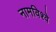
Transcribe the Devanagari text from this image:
नामविश्वे